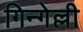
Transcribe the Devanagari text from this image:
गिन्गेल्ली